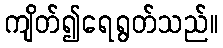
ကျိတ်၍ရေရွတ်သည်။